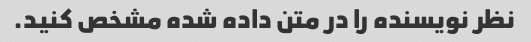
نظر نویسنده را در متن داده شده مشخص کنید.